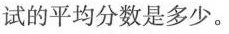
试的平均分数是多少。